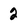
Character: 2